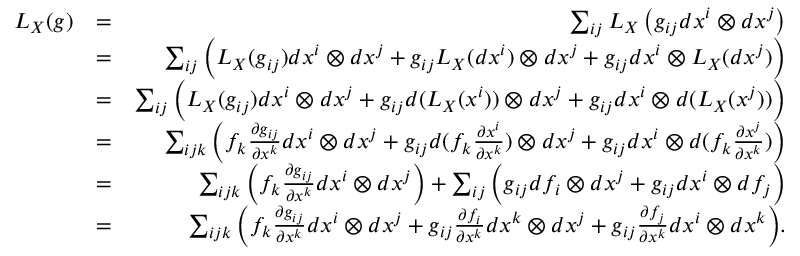
\begin{array} { r l r } { L _ { X } ( g ) } & { = } & { \sum _ { i j } L _ { X } \left( g _ { i j } d x ^ { i } \otimes d x ^ { j } \right) } \\ & { = } & { \sum _ { i j } \Big ( L _ { X } ( g _ { i j } ) d x ^ { i } \otimes d x ^ { j } + g _ { i j } L _ { X } ( d x ^ { i } ) \otimes d x ^ { j } + g _ { i j } d x ^ { i } \otimes L _ { X } ( d x ^ { j } ) \Big ) } \\ & { = } & { \sum _ { i j } \Big ( L _ { X } ( g _ { i j } ) d x ^ { i } \otimes d x ^ { j } + g _ { i j } d ( L _ { X } ( x ^ { i } ) ) \otimes d x ^ { j } + g _ { i j } d x ^ { i } \otimes d ( L _ { X } ( x ^ { j } ) ) \Big ) } \\ & { = } & { \sum _ { i j k } \Big ( f _ { k } \frac { \partial g _ { i j } } { \partial x ^ { k } } d x ^ { i } \otimes d x ^ { j } + g _ { i j } d ( f _ { k } \frac { \partial x ^ { i } } { \partial x ^ { k } } ) \otimes d x ^ { j } + g _ { i j } d x ^ { i } \otimes d ( f _ { k } \frac { \partial x ^ { j } } { \partial x ^ { k } } ) \Big ) } \\ & { = } & { \sum _ { i j k } \Big ( f _ { k } \frac { \partial g _ { i j } } { \partial x ^ { k } } d x ^ { i } \otimes d x ^ { j } \Big ) + \sum _ { i j } \Big ( g _ { i j } d f _ { i } \otimes d x ^ { j } + g _ { i j } d x ^ { i } \otimes d f _ { j } \Big ) } \\ & { = } & { \sum _ { i j k } \Big ( f _ { k } \frac { \partial g _ { i j } } { \partial x ^ { k } } d x ^ { i } \otimes d x ^ { j } + g _ { i j } \frac { \partial f _ { i } } { \partial x ^ { k } } d x ^ { k } \otimes d x ^ { j } + g _ { i j } \frac { \partial f _ { j } } { \partial x ^ { k } } d x ^ { i } \otimes d x ^ { k } \Big ) . } \end{array}